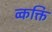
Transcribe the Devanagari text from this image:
व्कक्ति